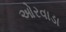
ઓરવાડા